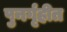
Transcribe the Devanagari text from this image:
पुनर्गृहीत